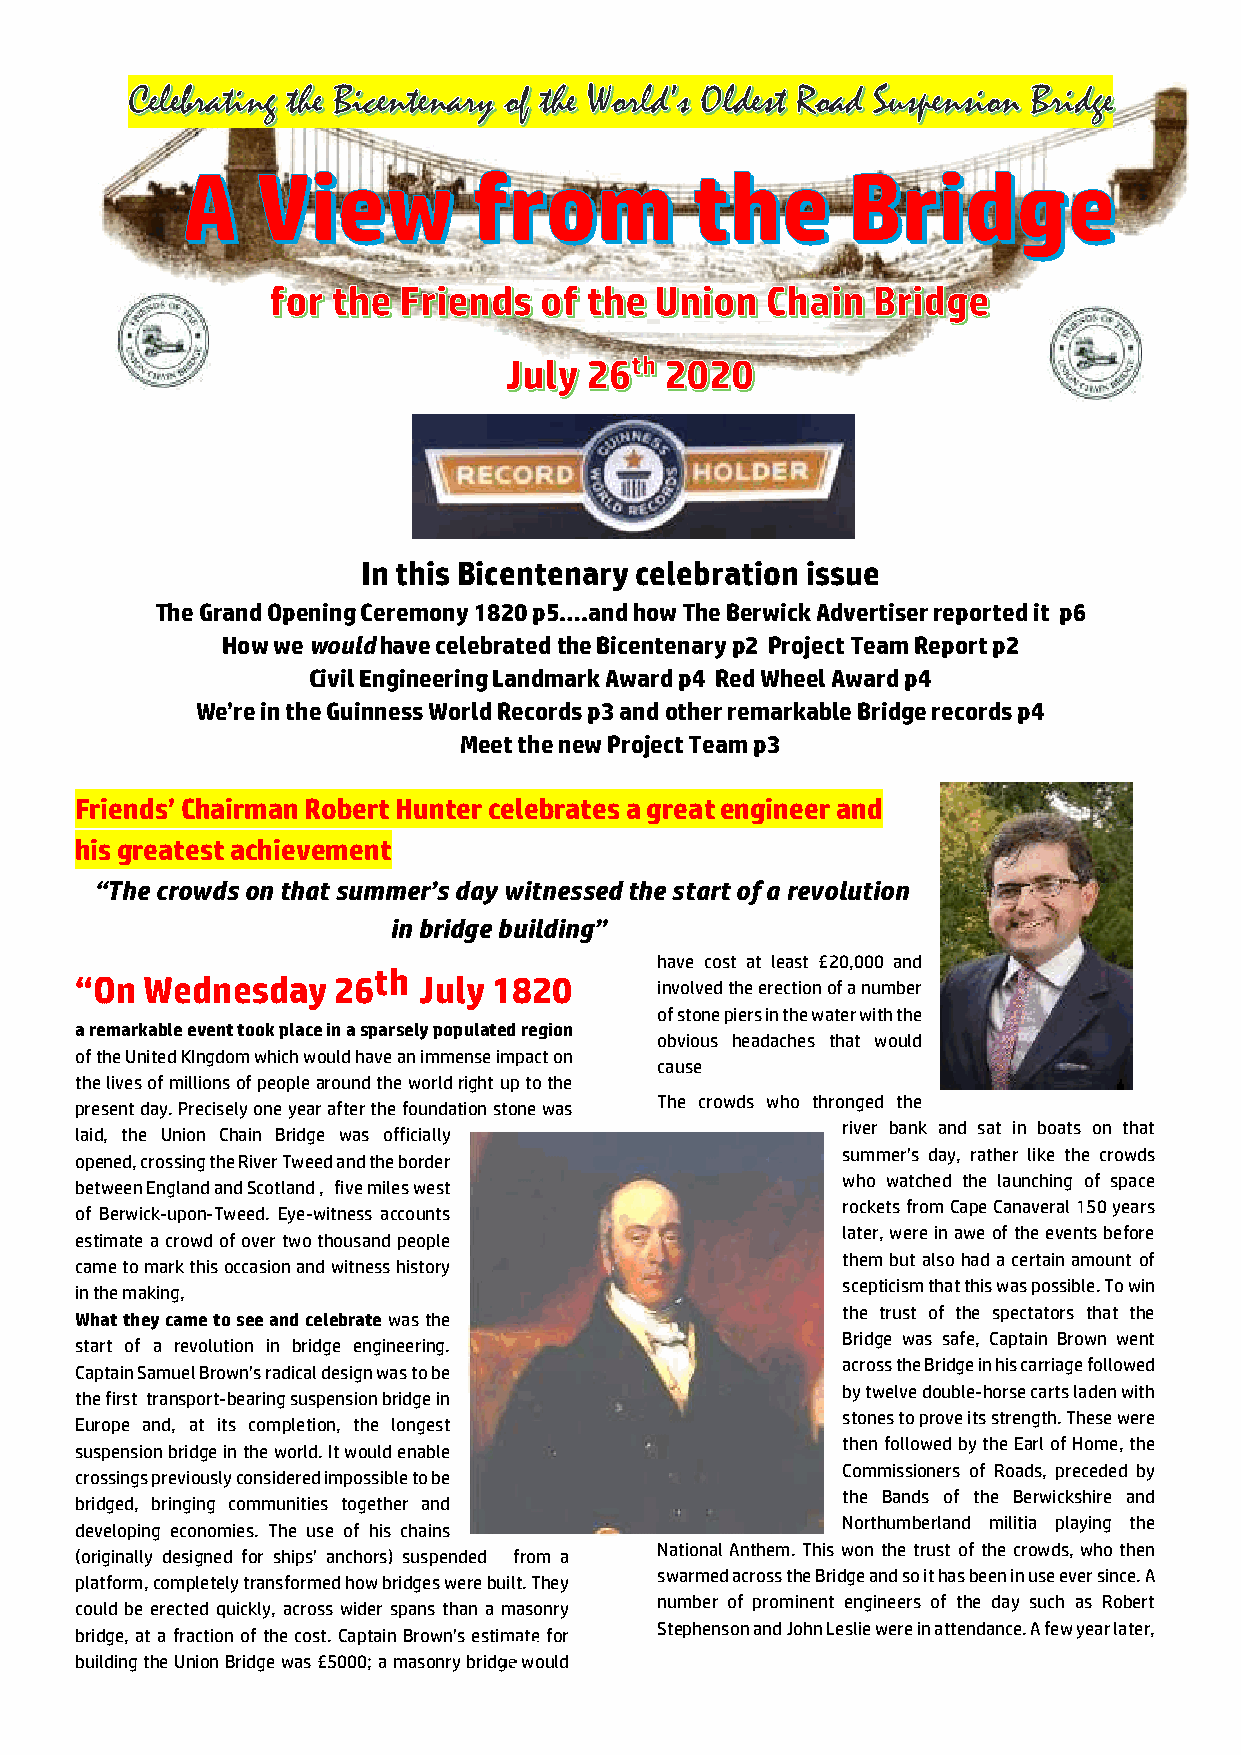
In this Bicentenary celebration issue
 The Grand Opening Ceremony1820p5….and howThe Berwick Advertiser reported it p6
 Howwewouldhave celebratedthe Bicentenaryp2 ProjectTeam Reportp2
 Civil Engineering Landmark Award p4 Red Wheel Award p4
 We’re in the Guinness World Records p3 andother remarkable Bridge records p4
 Meet the new Project Team p3
 Friends’Chairman Robert Hunter celebrates a greatengineerand
 his greatestachievement
 “The crowds on that summer’s day witnessed the start of a revolution
 in bridge building”
 have cost at least £20,000 and
 th
 “On Wednesday    26    July 1820      involvedtheerectionof anumber
 ofstonepiersinthewaterwiththe
 aremarkableeventtookplaceinasparselypopulatedregion
 obvious headaches that would
 oftheUnitedKIngdomwhichwouldhaveanimmenseimpact on
 cause
 thelivesof millionsof peoplearoundtheworldright uptothe
 The crowds who thronged the
 presentday.Preciselyoneyear afterthefoundation stonewas
 river bank and sat in boats on that
 laid, the Union Chain Bridge was officially
 summer’s day, rather like the crowds
 opened, crossingtheRiver Tweedandtheborder
 who watched the launching of space
 betweenEnglandandScotland, fivemileswest
 rocketsfromCapeCanaveral 150years
 of Berwick-upon-Tweed. Eye-witness accounts
 later,wereinaweoftheeventsbefore
 estimateacrowdof overtwothousandpeople
 them butalsohada certainamount of
 cametomarkthisoccasion andwitnesshistory
 scepticismthatthiswaspossible. Towin
 inthemaking,
 the trust of the spectators that the
 Whattheycametoseeandcelebratewasthe
 Bridge was safe, Captain Brown went
 start of a revolution in bridge engineering.
 acrosstheBridgeinhiscarriagefollowed
 CaptainSamuelBrown’sradical designwastobe
 bytwelvedouble-horsecartsladenwith
 thefirst transport-bearingsuspension bridgein
 stonestoproveitsstrength.These were
 Europe and, at its completion, the longest
 thenfollowedbytheEarl ofHome,the
 suspensionbridgeintheworld.Itwould enable
 Commissioners of Roads, preceded by
 crossingspreviouslyconsideredimpossibletobe
 the Bands of the Berwickshire and
 bridged, bringing communities together and
 Northumberland militia playing the
 developing economies. The use of his chains
 National Anthem. This won the trust of the crowds, who then
 (originally designed for ships’ anchors) suspended from a
 swarmedacrosstheBridgeand soithasbeeninuseever since. A
 platform,completelytransformedhow bridgeswerebuilt. They
 number of prominent engineers of the day such as Robert
 could be erected quickly, across wider spans than a masonry
 Stephensonand John Lesliewereinattendance.Afewyearlater,
 bridge, at afractionof thecost.CaptainBrown’s estimatefor
 buildingtheUnionBridgewas£5000; amasonrybridgewould